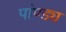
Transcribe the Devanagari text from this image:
पांण्ड्य